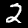
Digit: 2